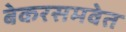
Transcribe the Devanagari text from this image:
बेकरसमवेत